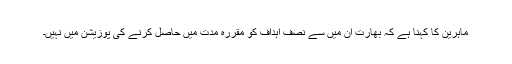
ماہرین کا کہنا ہے کہ بھارت ان میں سے نصف اہداف کو مقررہ مدت میں حاصل کرنے کی پوزیشن میں نہیں۔